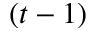
( t - 1 )